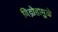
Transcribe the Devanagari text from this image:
विद्रोहामुळे